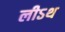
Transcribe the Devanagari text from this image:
लीऽथ